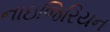
નાઇજિરિયન